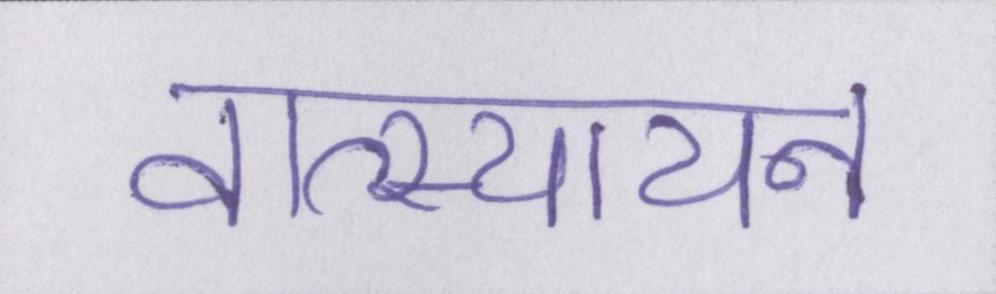
वात्स्यायन